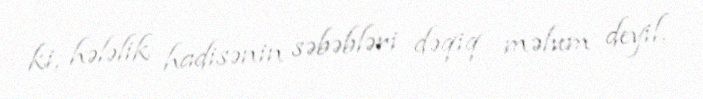
ki, hələlik hadisənin səbəbləri dəqiq məlum deyil.